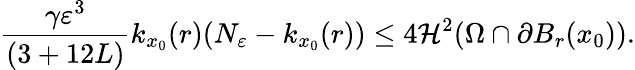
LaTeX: \frac{\gamma\varepsilon^{3}}{(3+12L)}k_{x_{0}}(r)(N_{\varepsilon}-k_{x_{0}}(r))\leq 4\mathcal{H}^{2}(\Omega\cap\partial B_{r}(x_{0})).